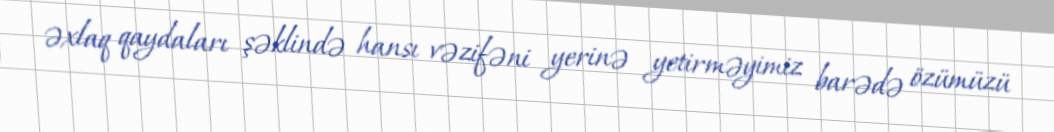
əxlaq qaydaları şəklində hansı vəzifəni yerinə yetirməyimiz barədə özümüzü